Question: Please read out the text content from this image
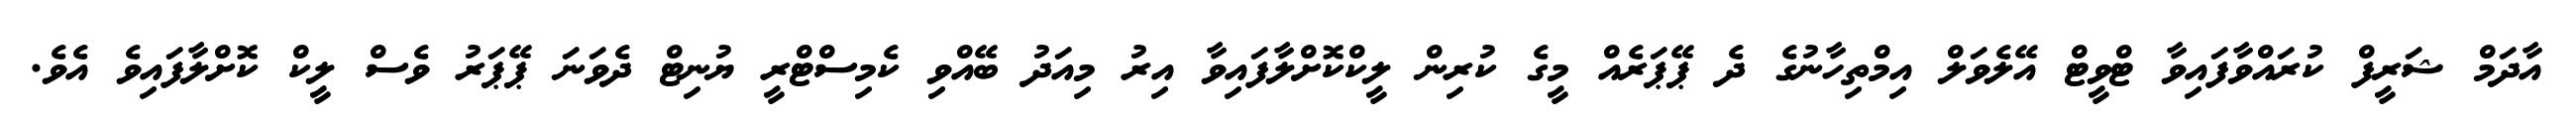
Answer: އާދަމް ޝަރީފް ކުރައްވާފައިވާ ޓްވީޓް އޭލެވަލް އިމްތިހާނުގެ ދެ ޕޭޕަރެއް މީގެ ކުރިން ލީކްކޮށްލާފައިވާ އިރު މިއަދު ބޭއްވި ކެމިސްޓްރީ ޔުނިޓް ދެވަނަ ޕޭޕަރު ވެސް ލީކް ކޮށްލާފައިވެ އެވެ.